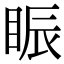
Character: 䀼